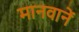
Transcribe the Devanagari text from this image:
मानवानें